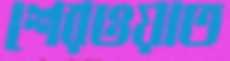
শেরওয়াত